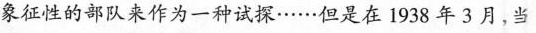
象征性的部队来作为一种试探……但是在1938年3月，当